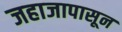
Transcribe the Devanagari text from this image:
जहाजापासून